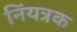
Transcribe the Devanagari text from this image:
निंयत्रक